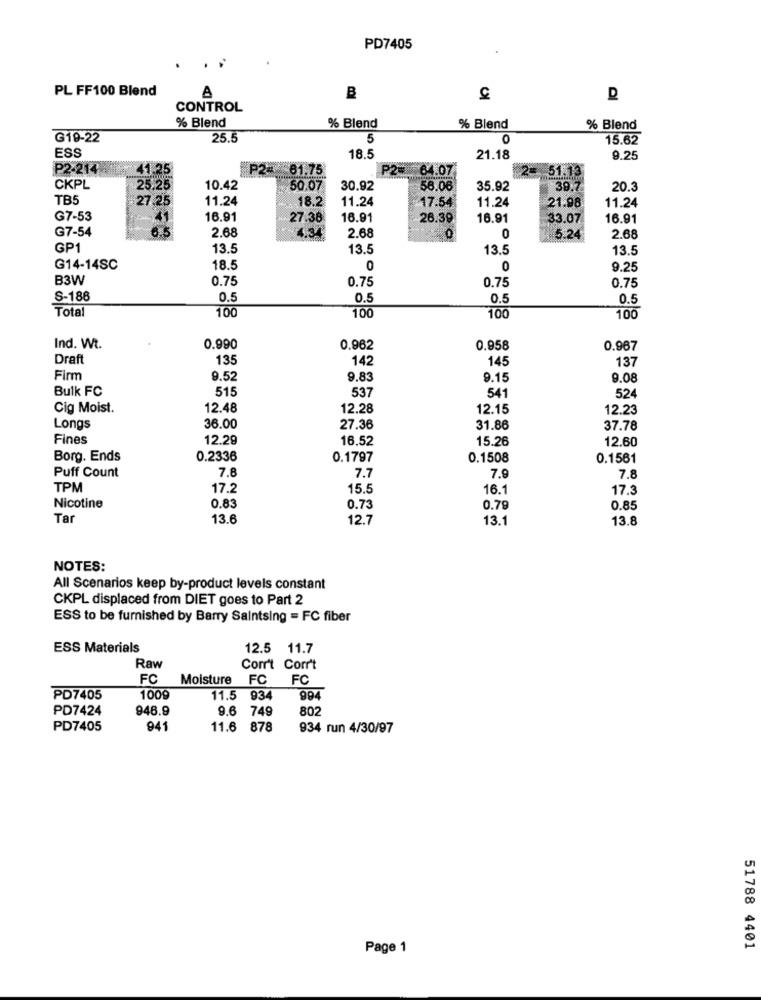
PD7405
PL FF100 Blend
A
B
CONTROL
% Blend
% Blend
% Blend
% Blend
G19-22
25.5
5
0
15.62
ESS
18.5
21.18
9.25
P2-214
P2= 61.75
64.07
CKPL
5.25
10.42
50.07
30.92
58.06
35.92
39.7
20.3
TB5
27.25
11.24
11.24
17.54
11.24
21.98
11.24
18.2
G7-53
16.91
27.38
16.91
26.39
16.91
33.07
16.91
G7-54
2.68
4.34
2.68
0
0
5.24
2.68
GP1
13.5
13.5
13.5
13.5
G14-14SC
18.
0
0
9.25
B3W
0.75
0.75
0.75
0.75
S-186
0.5
0.5
0.5
0.5
Total
100
100
100
100
Ind. Wt.
0.990
0.962
0.958
0.967
Draft
135
142
145
137
Firm
9.52
9.83
9.15
9.08
Bulk FC
515
537
541
524
Cig Moist.
12.48
12.28
12.15
12.23
Longs
36.00
27.36
31.86
37.78
Fines
12.29
16.52
15.26
12.60
Borg. Ends
0.2336
0.1797
0.1508
0.1561
Puff Count
7.8
7.7
7.9
7.8
TPM
17.2
15.5
16.1
17.3
Nicotine
0.83
0.73
0.79
0.85
Tar
13.6
12.7
13.1
13.8
NOTES:
All Scenarios keep by-product levels constant
CKPL displaced from DIET goes to Part 2
ESS to be furnished by Barry Saintsing = FC fiber
ESS Materials
12.5 11.7
Raw
Corr't Corr't
FC
Moisture
FC
FC
PD7405
1009
11.5 934
994
PD7424
946.9
9.6
749
802
PD7405
941
11.6
878
934 run 4/30/97
Page 1
51788 4401